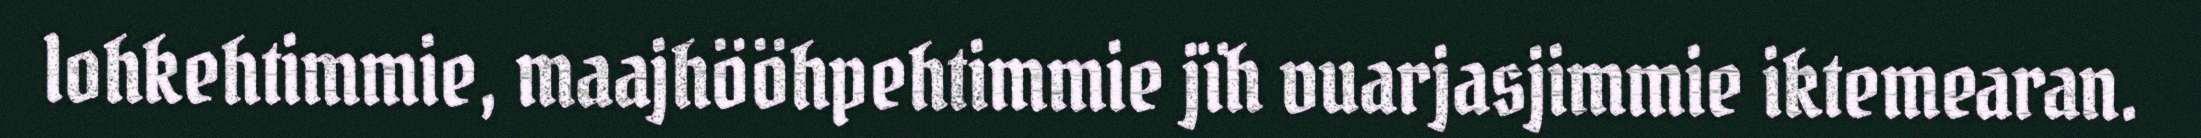
lohkehtimmie, maajhööhpehtimmie jïh vuarjasjimmie iktemearan.